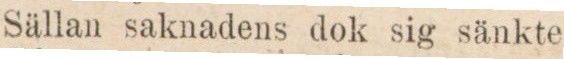
Sällan saknadens dok sig sänkte